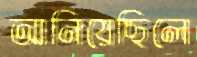
আনিয়েছিলে